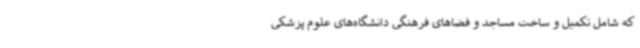
که شامل تکمیل و ساخت مساجد و فضاهای فرهنگی دانشگاه‌های علوم پزشکی